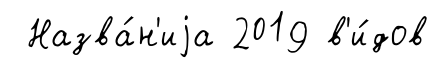
Назва́н'иjа 2019 в'и́дов